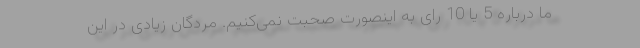
ما درباره 5 یا 10 رای به اینصورت صحبت نمی‌کنیم. مُردگان زیادی در این